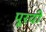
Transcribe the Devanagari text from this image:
पूरवी